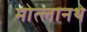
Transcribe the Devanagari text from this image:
मोत्लानथे